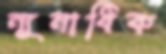
ন্যূনাধিক